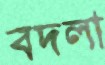
বদলা